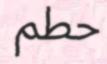
حطم